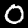
Label: 0